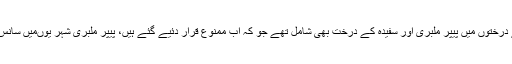
انھوں نے بتایا کہ کاٹے جانے درختوں میں پیپر ملبری اور سفیدہ کے درخت بھی شامل تھے جو کہ اب ممنوع قرار دئیے گئے ہیں، پیپر ملبری شہر یوںمیں سانس کی بیماری کا باعث بنتا ہے۔